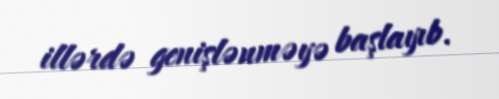
illərdə genişlənməyə başlayıb.